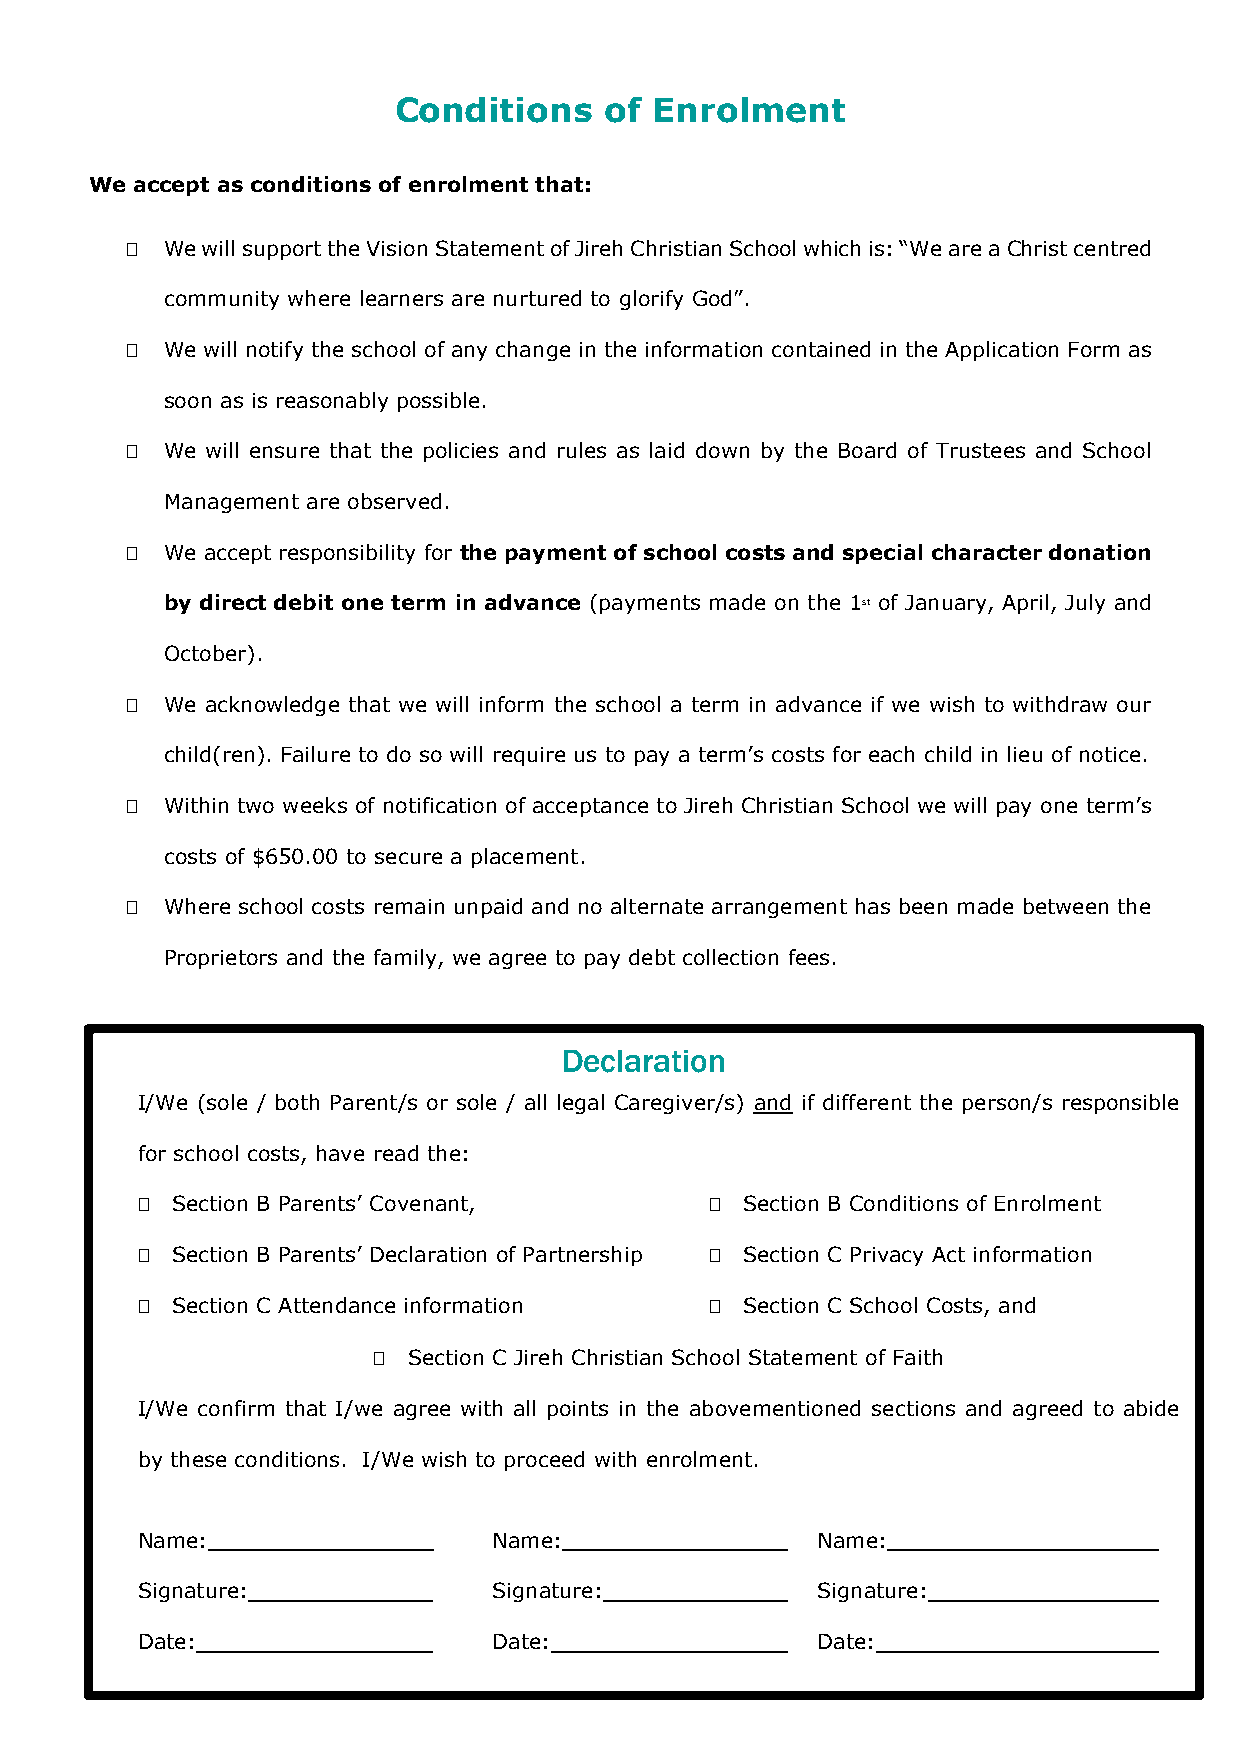
Conditions    of Enrolment
 We accept as conditions of enrolment that:
   We will support the Vision Statement of Jireh Christian School which is: “We are a Christ centred
 community where learners are nurtured to glorify God”.
   We will notify the school of any change in the information contained in the Application Form as
 soon as is reasonably possible.
   We will ensure that the policies and rules as laid down by the Board of Trustees and School
 Management are observed.
   We accept responsibility for the payment of school costs and special character donation
 by direct debit one term in advance (payments made on the 1st of January, April, July and
 October).
   We acknowledge that we will inform the school a term in advance if we wish to withdraw our
 child(ren). Failure to do so will require us to pay a term’s costs for each child in lieu of notice.
   Within two weeks of notification of acceptance to Jireh Christian School we will pay one term’s
 costs of $650.00 to secure a placement.
   Where school costs remain unpaid and no alternate arrangement has been made between the
 Proprietors and the family, we agree to pay debt collection fees.
 Declaration
 I/We (sole / both Parent/s or sole / all legal Caregiver/s) and if different the person/s responsible
 for school costs, have read the:
  Section B Parents’ Covenant,         Section B Conditions of Enrolment
  Section B Parents’ Declaration of Partnership  Section C Privacy Act information
  Section C Attendance information     Section C School Costs, and
  Section C Jireh Christian School Statement of Faith
 I/We confirm that I/we agree with all points in the abovementioned sections and agreed to abide
 by these conditions. I/We wish to proceed with enrolment.
 Name:                   Name:                Name:
 Signature:              Signature:           Signature:
 Date:                   Date:                Date: